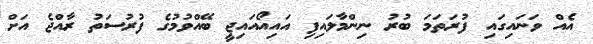
އެއް ވަނައިގައި ފުރަތަމަ ބުރު ނިންމާލައިފި އައިއޯއައިޖީ ބޭއްވުމުގެ ފުރުސަތު ރާއްޖެ އަށް